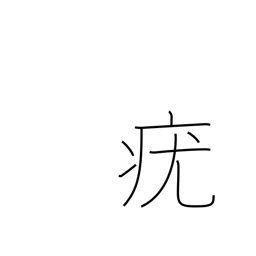
Meaning: wart